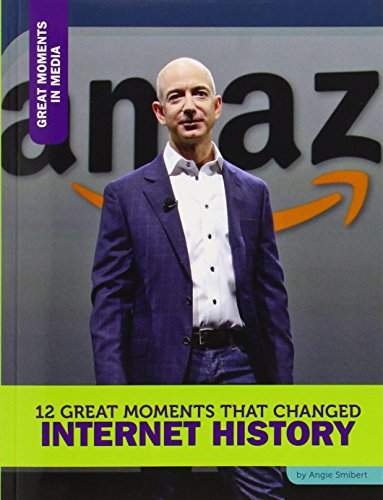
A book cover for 12 Great Moments That Changed Internet History (Great Moments in Media); Angie Smibert; Children's Books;